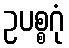
ဥပစ္စဂုံ